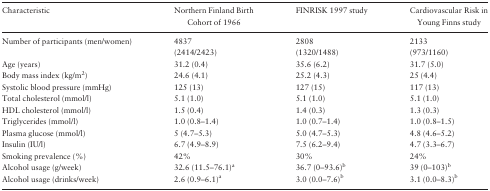
| Characteristic | Northern Finland BirthCohort of 1966 | FINRISK 1997 study | Cardiovascular Risk inYoung Finns study |
 | --- | --- | --- | --- |
 | Number of participants (men/women) | 4837 | 2808 | 2133 |
 |  | (2414/2423) | (1320/1488) | (973/1160) |
 | Age (years) | 31.2 (0.4) | 35.6 (6.2) | 31.7 (5.0) |
 | Body mass index (kg/m2) | 24.6 (4.1) | 25.2 (4.3) | 25 (4.4) |
 | Systolic blood pressure (mmHg) | 125 (13) | 127 (15) | 117 (13) |
 | Total cholesterol (mmol/l) | 5.1 (1.0) | 5.1 (1.0) | 5.1 (1.0) |
 | HDL cholesterol (mmol/l) | 1.5 (0.4) | 1.4 (0.3) | 1.3 (0.3) |
 | Triglycerides (mmol/l) | 1.0 (0.8–1.4) | 1.0 (0.7–1.4) | 1.0 (0.8–1.5) |
 | Plasma glucose (mmol/l) | 5 (4.7–5.3) | 5.0 (4.7–5.3) | 4.8 (4.6–5.2) |
 | Insulin (IU/l) | 6.7 (4.9–8.9) | 7.5 (6.2–9.4) | 4.7 (3.3–6.7) |
 | Smoking prevalence (%) | 42% | 30% | 24% |
 | Alcohol usage (g/week) | 32.6 (11.5–76.1)a | 36.7 (0–93.6)b | 39 (0–103)b |
 | Alcohol usage (drinks/week) | 2.6 (0.9–6.1)a | 3.0 (0.0–7.6)b | 3.1 (0.0–8.3)b |